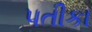
પતીકા